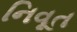
નિવૂત